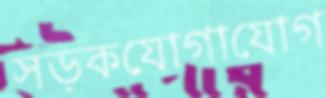
সড়কযোগাযোগ